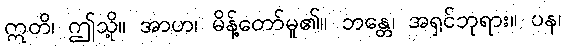
ဣတိ၊ ဤသို့။ အာဟ၊ မိန့်တော်မူ၏။ ဘန္တေ၊ အရှင်ဘုရား။ ပန၊